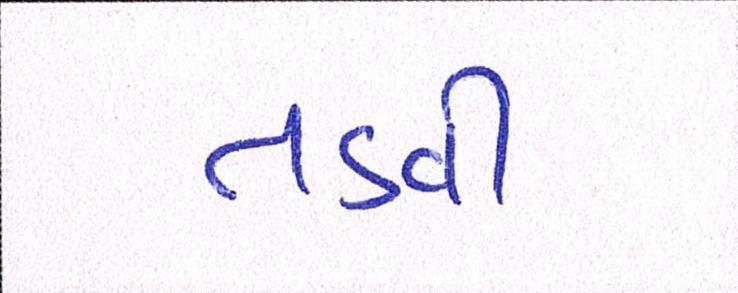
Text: તડવી